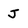
Character: J